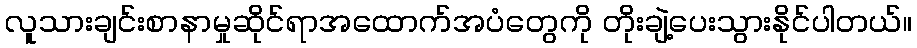
လူသားချင်းစာနာမှုဆိုင်ရာအထောက်အပံတွေကို တိုးချဲ့ပေးသွားနိုင်ပါတယ်။